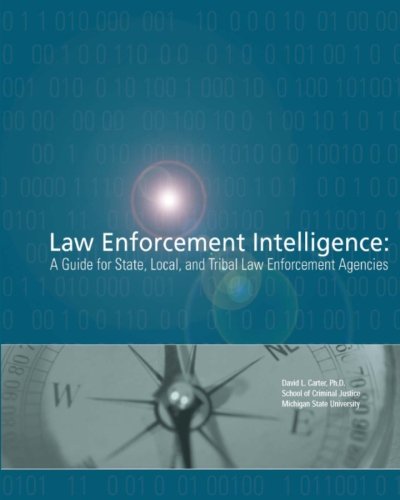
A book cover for Law Enforcement Intelligence:  A Guide for State, Local, and Tribal Law Enforcement Agencies; Ph.D., David L. Carter; Law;